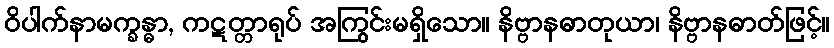
ဝိပါက်နာမက္ခန္ဓာ, ကဋတ္တာရုပ် အကြွင်းမရှိသော။ နိဗ္ဗာနဓာတုယာ၊ နိဗ္ဗာနဓာတ်ဖြင့်။